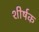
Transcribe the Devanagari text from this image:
शीर्षक